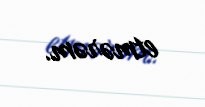
etmərəm.